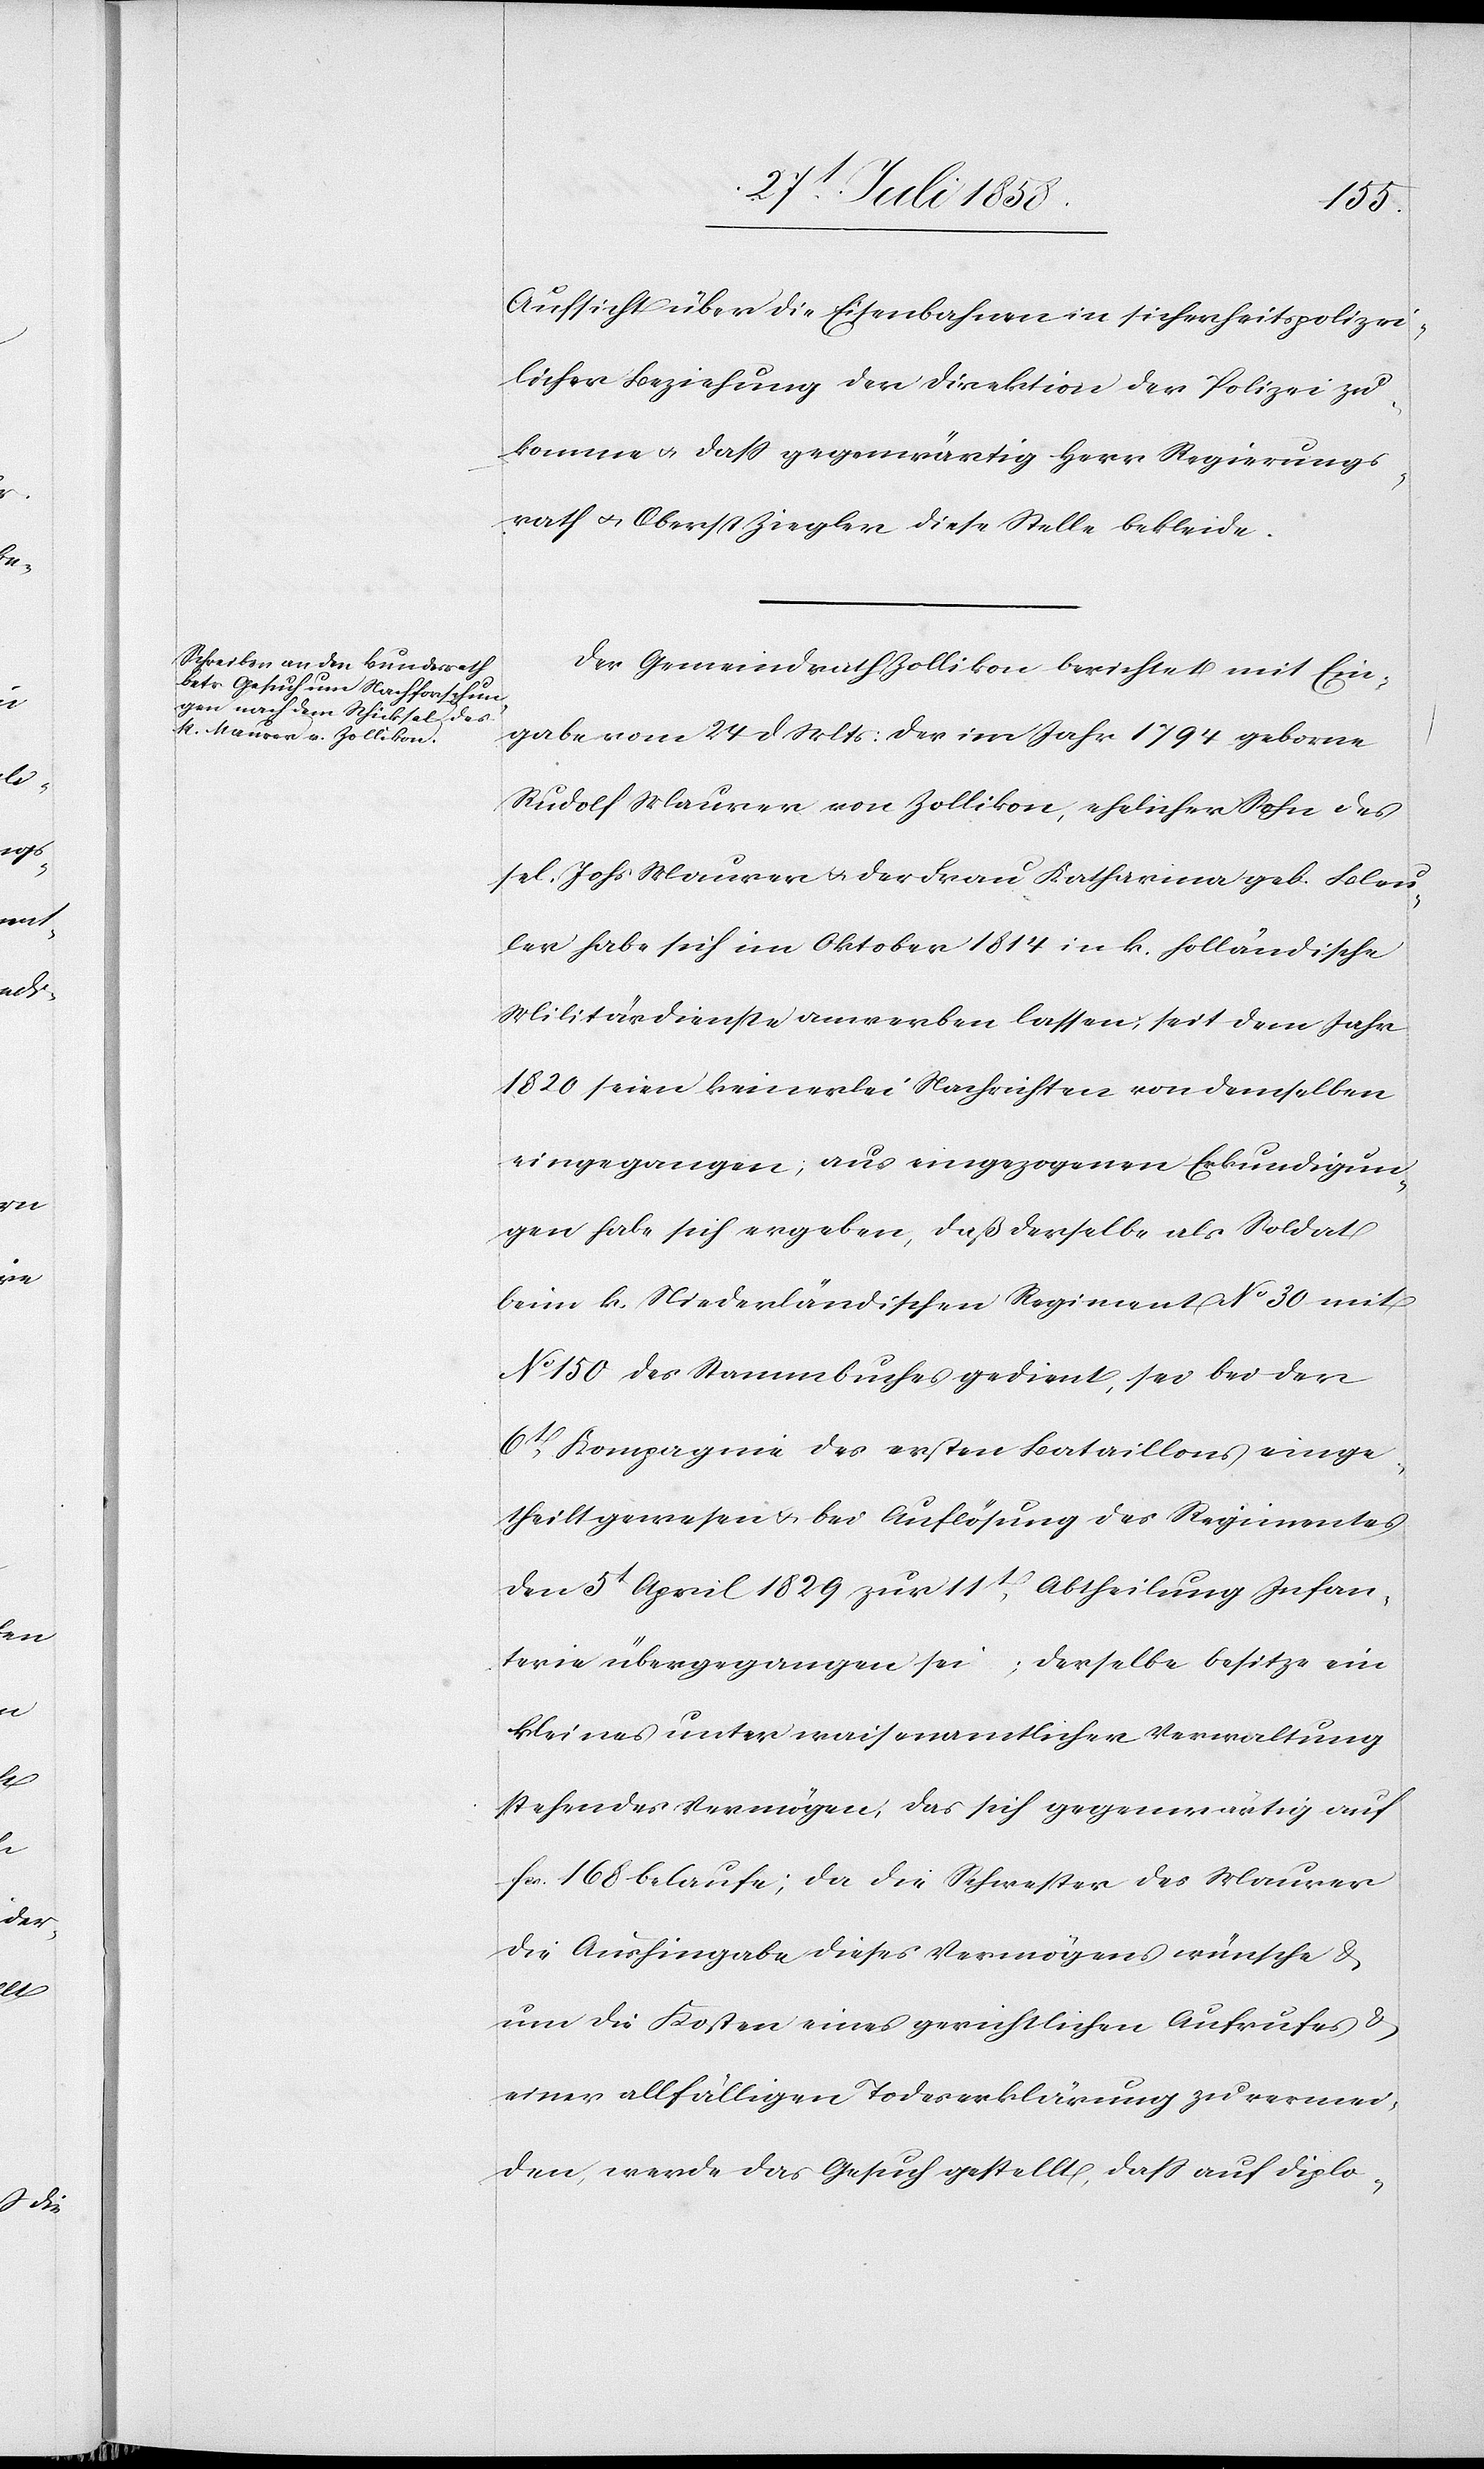
Aufsicht über die Eisenbahnen in sicherheitspolizei¬
licher Beziehung der Direktion der Polizei zu¬
komme & dass gegenwärtig Herr Regierungs¬
rath & Oberst Ziegler diese Stelle bekleide.
Der Gemeindrath Zollikon berichtet mit Ein¬
gabe vom 24 d. Mts: Der im Jahr 1794 geborne
Rudolf Maurer von Zollikon, ehelicher Sohn des
sel. Johs. Maurer & der Frau Katharina geb. Bleu¬
ler habe sich im Oktober 1814 in k. holländische
Militärdienste anwerben lassen; seit dem Jahr
1820 seien keinerlei Nachrichten von demselben
eingegangen; aus eingezogenen Erkundigun¬
gen habe sich ergeben, daß derselbe als Soldat
beim k. Niederländischen Regiment No 30 mit
No 150 des Stammbuches gedient, sei bei der
6t Kompagnie des ersten Bataillons einge¬
theilt gewesen & bei Auflösung des Regimentes
den 5t April 1829 zur 11t Abtheilung Infan¬
terie übergegangen sei; derselbe besitze ein
kleines unter waisenamtlicher Verwaltung
stehendes Vermögen, das sich gegenwärtig auf
fcs. 168 belaufe; da die Schwester des Maurer
die Aushingabe dieses Vermögens wünsche &
um die Kosten eines gerichtlichen Aufrufes &
einer allfälligen Todeserklärung zu vermei¬
den, werde das Gesuch gestellt, dass auf diplo-